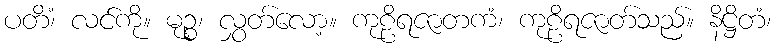
ပတိံ၊ လင်ကို။ မုဉ္စ၊ လွှတ်လော့။ ကုဠိရဇာတကံ၊ ကုဠိရဇာတ်သည်။ နိဋ္ဌိတံ၊